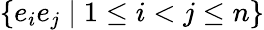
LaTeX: \{ e_{i}e_{j}\mid 1\leq i<j\leq n\}